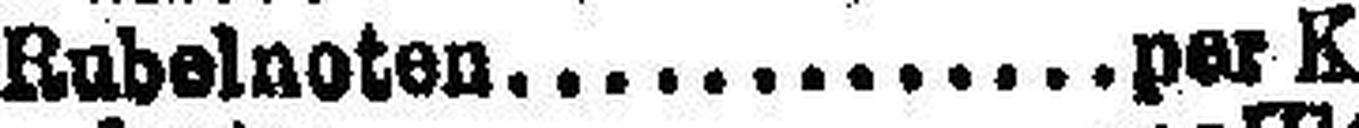
Rubelnoten.per Kasse